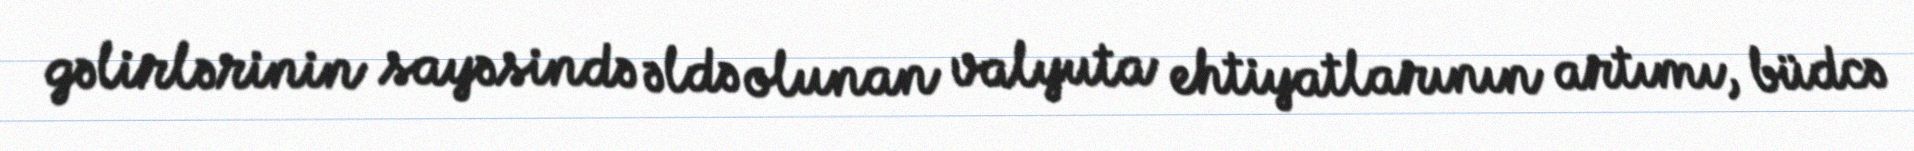
gəlirlərinin sayəsində əldə olunan valyuta ehtiyatlarının artımı, büdcə